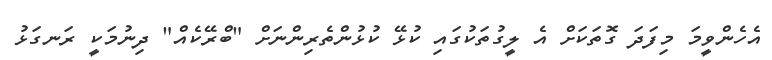
އެހެންވީމަ މިފަދަ ގޮތަކަށް އެ ލީގުތަކުގައި ކުޅޭ ކުޅުންތެރިންނަށް "ބްރޭކެއް" ދިނުމަކީ ރަނގަޅު